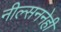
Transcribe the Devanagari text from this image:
नील्सननेही